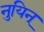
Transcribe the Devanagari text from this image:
नुयिन्